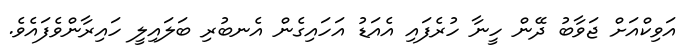
އަވިކްއަށް ޖަވާބު ދޭން ހީނާ ހުރެފައި އެއަޑު އަހައިގެން އެނބުރި ބަލައިލީ ހައިރާންވެފައެވެ.